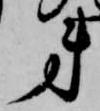
第